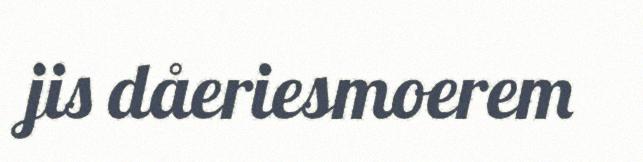
jis dåeriesmoerem